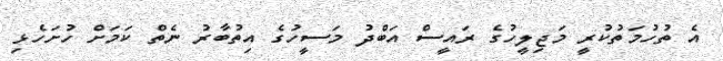
އެ ތުހުމަތުކުރީ މަޖިލީހުގެ ރައީސް އަބްދު މަސީހުގެ އިތުބާރު ނެތް ކަމަށް ހުށަހެޅި